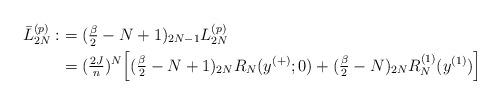
LaTeX: \begin{align*} \bar{L}_{2N}^{(p)}:&=(\tfrac{\beta}{2}-N+1)_{2N-1} L_{2N}^{(p)}\\ &=(\tfrac{2J}{n})^N\Big[(\tfrac{\beta}{2}-N+1)_{2N }R_N(y^{(+)};0)+(\tfrac{\beta}{2}-N)_{2N}R^{(1)}_N(y^{(1)})\Big] \end{align*}